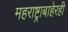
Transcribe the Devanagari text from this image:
महराष्ट्राबाहेरही